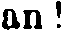
an!